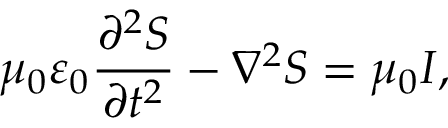
\mu _ { 0 } \varepsilon _ { 0 } \frac { \partial ^ { 2 } S } { \partial t ^ { 2 } } - \nabla ^ { 2 } S = \mu _ { 0 } I ,